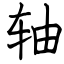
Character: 轴